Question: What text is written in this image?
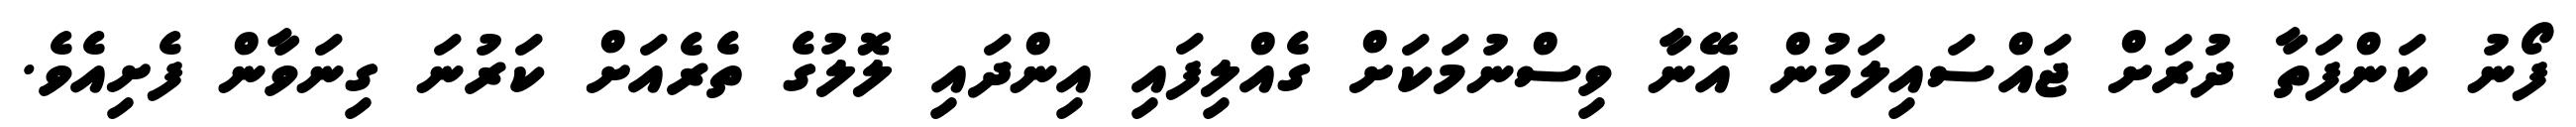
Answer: ފޯނު ކަންފަތާ ދުރަށް ޖައްސައިލަމުން އޭނާ ވިސްނުމަކަށް ގެއްލިފައި އިންދައި ލޮލުގެ ތެރެއަށް ކަރުނަ ގިނަވާން ފެށިއެވެ.